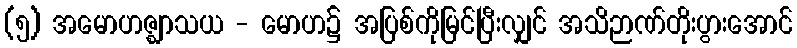
(၅) အမောဟဇ္ဈာသယ - မောဟ၌ အပြစ်ကိုမြင်ပြီးလျှင် အသိဉာဏ်တိုးပွားအောင်